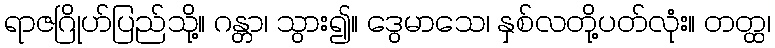
ရာဇဂြိုဟ်ပြည်သို့။ ဂန္တာ၊ သွား၍။ ဒွေမာသေ၊ နှစ်လတို့ပတ်လုံး။ တတ္ထ၊